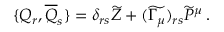
\{ { \cal { Q } } _ { r } , \overline { { { { \cal { Q } } } } } _ { s } \} = \delta _ { r s } \widetilde { Z } + ( \widetilde { \Gamma _ { \mu } } ) _ { r s } \widetilde { P } ^ { \mu } \, .